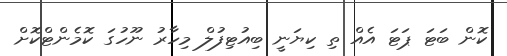
ކޮން ބަޓަ ޕަޓަ އެެއް ތި ކިޔަނީ ބިއުޓިފުލް މިހާރު ނޫހުގަ ކޮމެންޓްކޮށް